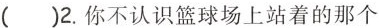
()2.你不认识篮球场上站着的那个